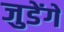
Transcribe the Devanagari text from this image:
जुडेंगे